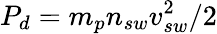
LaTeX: P_{d}=m_{p}n_{sw}v_{sw}^{2}/2